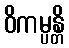
ဝိကမ္ပန္တိ